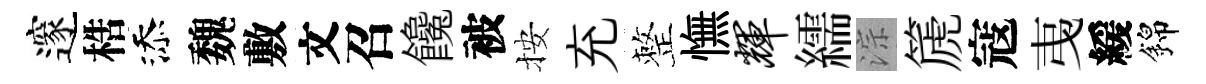
邃梏添魏敷文召饞被按充整憮辉繻淙篪寇𢎯緩錦